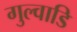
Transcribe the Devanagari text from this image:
गुल्वाडि